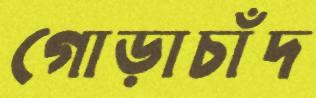
গোড়াচাঁদ